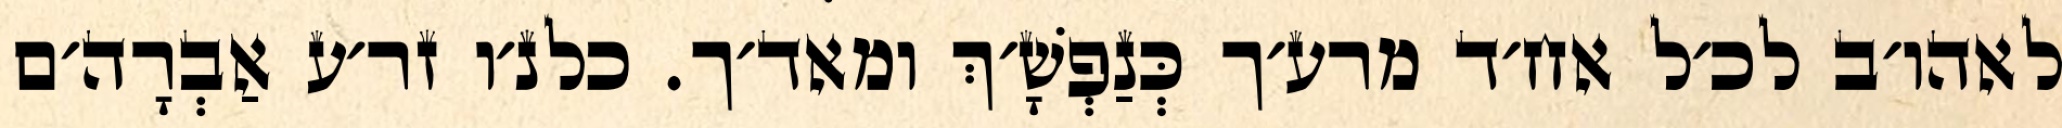
לאהו׳ב לכ׳ל אח׳ד מרע׳ך כְּנַפְשָׁ׳ךְ ומאד׳ך. כלנ׳ו זר׳ע אַבְרָה׳ם